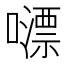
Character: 𡁼